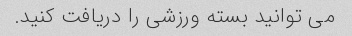
می توانید بسته ورزشی را دریافت کنید.